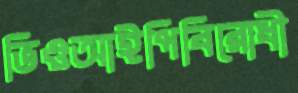
ভিওআইপিবিরোধী